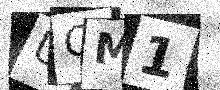
Text: UQM1